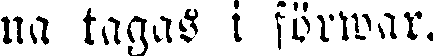
na tagas i förwar.